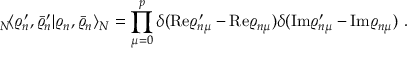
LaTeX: { } _ { N } \! \langle \varrho _ { n } ^ { \prime } , \bar { \varrho } _ { n } ^ { \prime } | \varrho _ { n } , \bar { \varrho } _ { n } \rangle _ { N } = \prod _ { \mu = 0 } ^ { p } \delta ( \mathrm { R e } \varrho _ { n \mu } ^ { \prime } - \mathrm { R e } \varrho _ { n \mu } ) \delta ( \mathrm { I m } \varrho _ { n \mu } ^ { \prime } - \mathrm { I m } \varrho _ { n \mu } ) ~ .